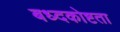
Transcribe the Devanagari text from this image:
बध्दकोष्टता